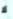
لا